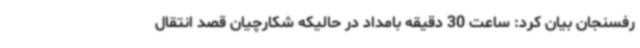
رفسنجان بیان کرد: ساعت 30 دقیقه بامداد در حالیکه شکارچیان قصد انتقال